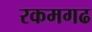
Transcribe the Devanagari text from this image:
रकमगढ